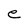
Character: e